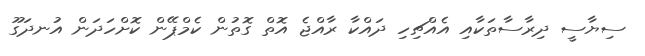
ސިޔާސީ ދިރާސާތަކާއި އެއްޗިހި ދައްކާ ރާއްޖެ އޮތް ގޮތުން ކެމްޕޭން ކޮށްހަދަން އުނދަގޫ